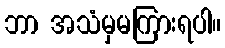
ဘာ အသံမှမကြားရပါ။